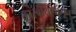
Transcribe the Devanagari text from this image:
कारवायांपासून